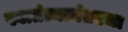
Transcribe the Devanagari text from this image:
स्वातंत्र्यानंतरचा